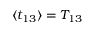
\langle { t _ { 1 3 } } \rangle { } = T _ { 1 3 }